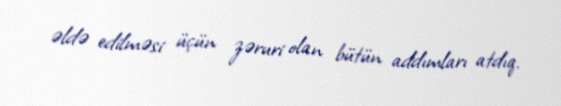
əldə edilməsi üçün zəruri olan bütün addımları atdıq.